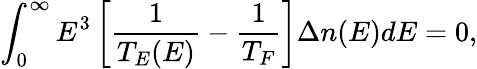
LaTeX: \int_{0}^{\infty}E^{3}\left[\frac{1}{T_{E}(E)}-\frac{1}{T_{F}}\right]\Delta n(E)dE=0,